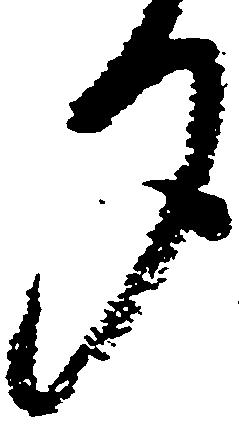
夕